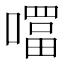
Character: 𭋊